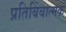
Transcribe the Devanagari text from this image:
प्रतिबिंबात्मक